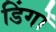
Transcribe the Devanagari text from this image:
डिंगों